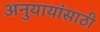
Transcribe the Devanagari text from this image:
अनुयायांसाठी